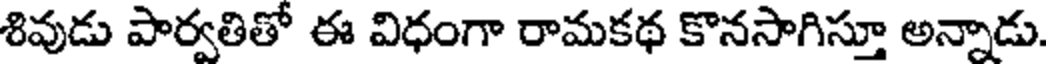
శివుడు పార్వతితో ఈ విధంగా రామకథ కొనసాగిస్తూ అన్నాడు.